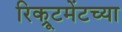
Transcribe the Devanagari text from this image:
रिक्रूटमेंटच्या